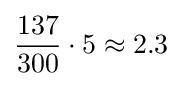
{\frac {137}{300}}\cdot 5\approx 2.3